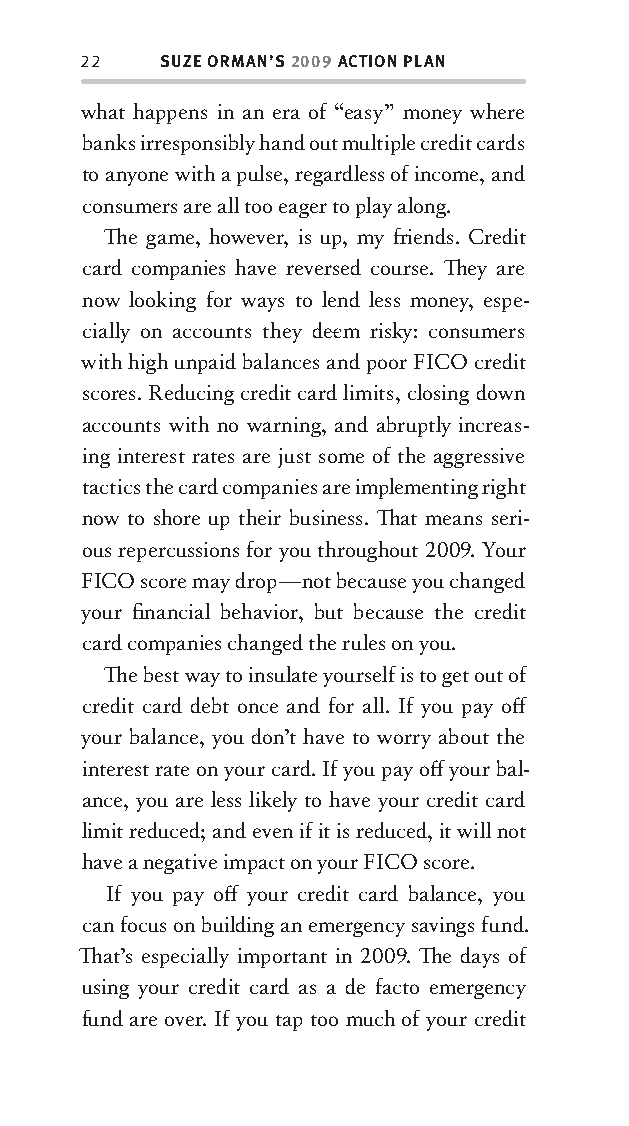
22   SUZE ORMAN’S 2009 ACTION PLAN
 what happens in an era of “easy” money where
 banks irresponsibly hand out multiple credit cards
 to anyone with a pulse, regardless of income, and
 consumers are all too eager to play along.
 Th e game, however, is up, my fr iends. Credit
 card companies have reversed course. Th ey are
 now looking for ways to lend less money, espe-
 cially on accounts they dee m risky : consumers
 with high unpaid balances and poor FICO credit
 scores. Reducing credit card limits, closing down
 accounts with no warning, and abruptly increas-
 ing interest rates are just some of the aggressive
 tactics the card companies are implementing right
 now to shore up their business. Th at means seri-
 ous repercussions for you throughout 2009. Your
 FICO score may drop—not because you changed
 your fi nancial behavior, but because the credit
 card companies changed the rules on you.
 Th e best way to insulate yourself is to get out of
 credit card debt once and for all. If you pay off
 your balance, you don’t have to worry about the
 interest rate on your card. If you pay off your bal-
 ance, you are less likely to have your credit card
 limit reduced; and even if it is reduced, it will not
 have a negative impact on your FICO score.
 If you pay off your credit card balance, you
 can focus on building an emergency savings fund.
 Th at’s especially important in 2009. Th e days of
 using your credit card as a de facto emergency
 fund are over. If you tap too much of your credit
 OOrrmmaa__99778800338855553300993344__44pp__aallll__rr11..iinndddd 2222 1122//33//0088 99::3311::0000 AAMM